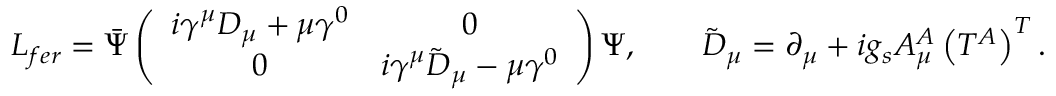
{ \cal L } _ { f e r } = \bar { \Psi } \left( \begin{array} { c c } { { i \gamma ^ { \mu } D _ { \mu } + \mu \gamma ^ { 0 } } } & { { 0 } } \\ { { 0 } } & { { i \gamma ^ { \mu } \tilde { D } _ { \mu } - \mu \gamma ^ { 0 } } } \end{array} \right) \Psi , \qquad \tilde { D } _ { \mu } = \partial _ { \mu } + i g _ { s } A _ { \mu } ^ { A } \left( T ^ { A } \right) ^ { T } .